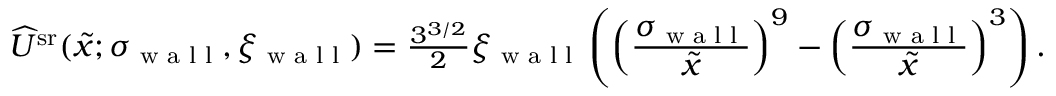
\begin{array} { r } { \widehat { U } ^ { \mathrm { s r } } ( \tilde { x } ; \sigma _ { \textrm { w a l l } } , \xi _ { \textrm { w a l l } } ) = \frac { 3 ^ { 3 / 2 } } { 2 } \xi _ { \textrm { w a l l } } \left( \left( \frac { \displaystyle \sigma _ { \textrm { w a l l } } } { \displaystyle \tilde { x } } \right) ^ { 9 } - \left( \frac { \displaystyle \sigma _ { \textrm { w a l l } } } { \displaystyle \tilde { x } } \right) ^ { 3 } \right) . } \end{array}